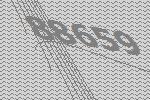
88659